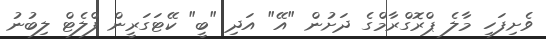
ވެށިފަހި މާލެ ޕްރޮގްރާމްގެ ދަށުން "އޭ" އަދި "ބީ" ކޭޓަގަރީން ފްލެޓް ލިބުނު